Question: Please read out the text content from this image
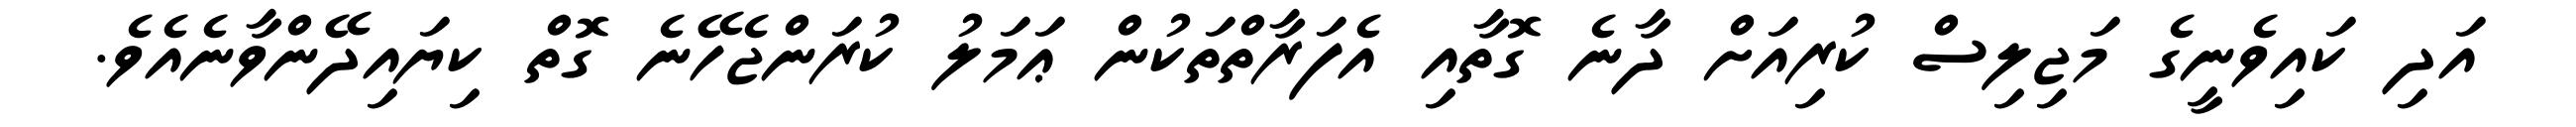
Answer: އަދި ކައިވެނީގެ މަޖިލިސް ކުރިއަށް ދާނެ ގޮތާއި އެފަރާތްތަކުން ޢަމަލު ކުރަންޖެހޭނެ ގޮތް ކިޔައިދޭންވާނެއެވެ.